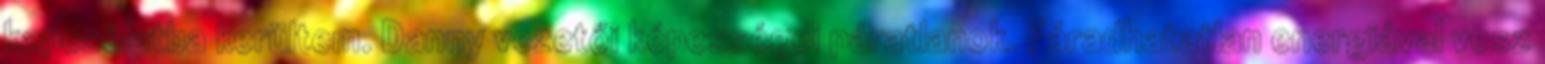
kapcsolatba kerültem. Danny vezetői képességei páratlanok. Fáradhatatlan energiával vesz